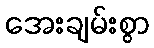
အေးချမ်းစွာ